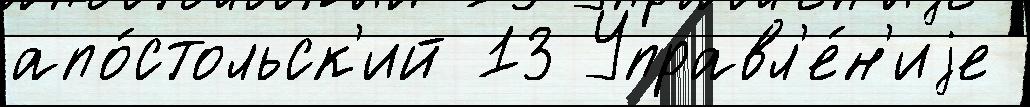
апо́стольск'ий 13 Управл'е́н'иjе